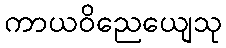
ကာယဝိညေယျေသု